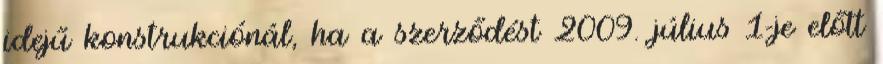
idejű konstrukciónál, ha a szerződést 2009. július 1-je előtt